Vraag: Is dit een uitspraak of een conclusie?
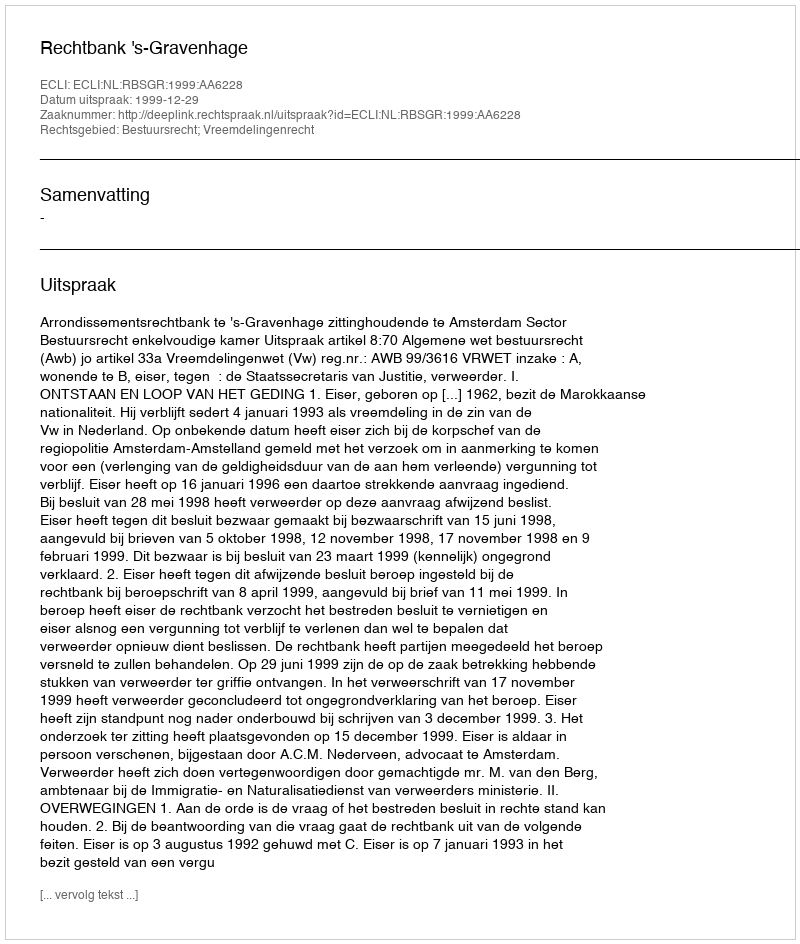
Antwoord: Uitspraak